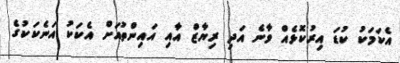
އެކަމަކު ކުޑަ އިރުކޮޅެއް ވާނެ އަދި ރިޔާޒް އާއި އައިންތުއަށް އެކަކު އަނެކަކުގެ